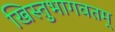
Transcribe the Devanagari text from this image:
खिस्तुभागवतम्